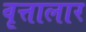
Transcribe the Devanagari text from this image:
वृत्तालार